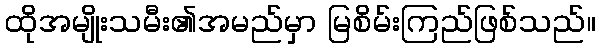
ထိုအမျိုးသမီး၏အမည်မှာ မြစိမ်းကြည်ဖြစ်သည်။